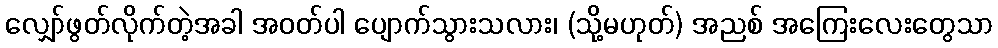
လျှော်ဖွတ်လိုက်တဲ့အခါ အဝတ်ပါ ပျောက်သွားသလား၊ (သို့မဟုတ်) အညစ် အကြေးလေးတွေသာ